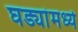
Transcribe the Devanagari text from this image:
घड्यांमध्ये